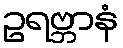
ဥရဗ္ဘာနံ